Report of the Indian Hemp Drugs Commission, 1894-1895 - Volume VII
Year: 1894
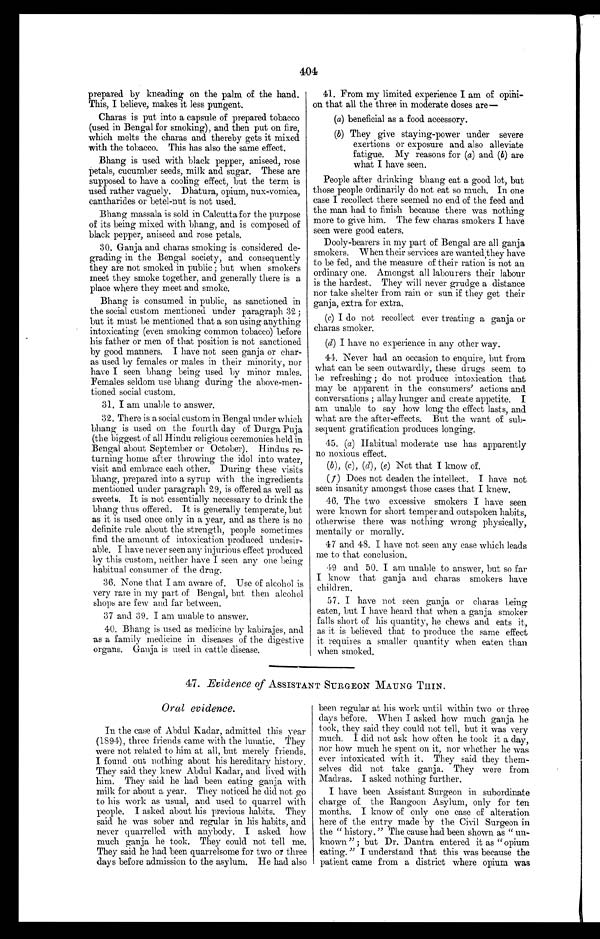
404
prepared by kneading on the palm of the hand.
This, I believe, makes it less pungent.
Charas is put into a capsule of prepared to bacco
(used in Bengal for smoking), and then put on fire,
which melts the charas and thereby gets it mixed
with the to bacco. This has also the same effect.
Bhang is used with black pepper, aniseed, rose
p etals, cucumber seeds, milk and sugar. These are
supposed to have a cooling effect, but the term is
used rather vaguely. Dhatura, opium, nux-vomica,
cantharides or betel-nut is not used.
Bhang massala is sold in Calcutta for the purpose
of its being mixed with bhang, and is composed of
black pepper, aniseed and rose petals.
30. Ganja and charas smoking is considered de-
grading in the Bengal society, and consequently
they are not smoked in public ; but when smokers
meet they smoke together, and generally there is a
place where they meet and smoke.
Bhang is consumed in public, as sanctioned in
the social custom mentioned under paragraph 32 ;
but it must be mentioned that a son using anything
intoxicating (even smoking common tobacco) before
his father or men of that position is not sanctioned
by good manners. I have not seen ganja or char-
as used by females or males in their minority, nor
have I seen bhang being used by minor males.
Females seldom use bhang during the above-men-
tioned social custom.
31. I am unable to answer.
32. There is a social custom in Bengal under which
bhang is used on the fourth day of Durga Puja
(the biggest of all Hindu religious ceremonies held in
Bengal about September or October). Hindus re-
turning home after throwing the idol into water,
visit and embrace each other. During these visits
bhang, prepared into a syrup with the ingredients
mentioned under paragraph 29, is offered as well as
sweets. It is not essentially necessary to drink the
bhang thus offered. It is generally temperate, but
as it is used once only in a year, and as there is no
definite rule about the strength, people sometimes
find the amount of intoxication produced undesir-
able. I have never seen any injurious effect produced
by this custom, neither have I seen any one being
habitual consumer of the drug.
36. None that I am aware of. Use of alcohol is
very rare in my part of Bengal, but then alcohol
shops are few and far between.
37 and 39. I am unable to answer.
40. Bhang is used as medicine by kabirajes, and
as a family medicine in diseases of the digestive
organs. Ganja is used in cattle disease.
41. From my limited experience I am of opini-
on that all the three in moderate doses are
—
(a) beneficial as a food accessory.
(b)hey give staying-power under severe
exertions or exposure and also alleviate
fatigue. My reasons for (a) and (b) are
what I have seen.
People after drinking bhang eat a good lot, but
those people ordinarily do not eat so much. In one
case I recollect there seemed no end of the feed and
the man had to finish because there was nothing
more to give him. The few charas smokers I have
seen were good eaters.
Dooly-bearers in my part of Bengal are all ganja
smokers. When their services are wanted they have
to be fed, and the measure of their ration is not an
ordinary one. Amongst all labourers their labour
is the hardest. They will never grudge a distance
nor take shelter from rain or sun if they get their
ganja, extra for extra.
(c) I d o n o t r e c o l l e c t e v e r t r e a t i n g a g a n j a o r
charas smoker.
(d) I have no experience in any other way.
44. Never had an occasion to enquire, but from
what can be seen outwardly, these drugs seem to
be refreshing ; do not produce intoxication that
may be apparent in the consumers' actions and
conversations ; allay hunger and create appetite. I
am unable to say how long the effect lasts, and
what are the after-effects. But the want of sub-
sequent gratification produces longing.
45. (a) Habitual moderate use has apparently
no noxious effect.
( b ), (c) , (d), (e) Not that I know of.
(t ) Does not deaden the intellect. I have not
seen insanity amongst those cases that I knew.
46. The two excessive smokers I have seen
were known for short temper and outspoken habits,
otherwise there was nothing wrong physically,
mentally or morally.
47 and 48. I have not seen any case which leads
me to that conclusion.
49 and 50. I am unable to answer, but so far
I know that ganja and charas smokers have
children.
57. I have not seen ganja or charas being
eaten, but I have heard that when a ganja smoker
falls short of his quantity, he chews and eats it,
as it is believed that to produce the same effect
it requires a smaller quantity when eaten than
when smoked.
47. Evidence of ASSISTANT SURGEON MAUNG THIN.
Oral evidence.
In the case of Abdul Kadar, admitted this year
(1894), three friends came with the lunatic. They
were not related to him at all, but merely friends.
I found out nothing about his hereditary history.
They said they knew Abdul Kadar, and lived with
him. They said he had been eating ganja with
milk for about a year. They noticed he did not go
to his work as usual, and. used to quarrel with
people. I asked about his previous habits. They
said he was sober and regular in his habits, and
never quarrelled with anybody. I asked how
much ganja he took. They could not tell me.
They said he had been quarrelsome for two or three
days before admission to the asylum. He had also
been regular at his work until within two or three
days before. When I asked how much ganja he
took, they said they could not tell, but it was very
much. I did not ask how often he took it a day,
nor how much he spent on it, nor whether he was
ever intoxicated with it. They said. they them-
selves did not take ganja. They were from
Madras. I asked nothing further.
I have been Assistant Surgeon in subordinate
charge of the Rangoon Asylum, only for ten
months. I know of only one case of alteration
here of the entry made by the Civil Surgeon in
the " history." The cause had been shown as " un-
known " ; but Dr. Dantra entered it as " opium
eating. " I understand that this was because the
patient came from a district where opium was